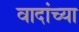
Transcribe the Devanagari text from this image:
वादांच्या